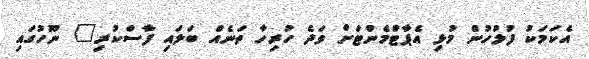
އެކަމަކު ފުލުހުން މުޅި އެޕާޓްމެންޓަށް ވަދެ ހުރިހާ ތަނެއް ބަލައި ފާސްކުރި" ނޫހުގައި